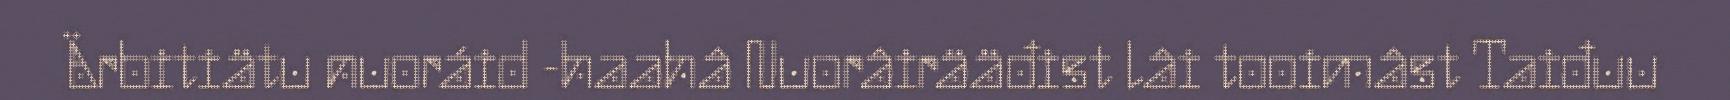
Ärbitiätu nuoráid -haahâ Nuorâirääđist lâi tooimâst Taiđuu